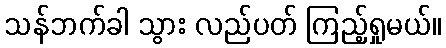
သန်ဘက်ခါ သွား လည်ပတ် ကြည့်ရှုမယ်။